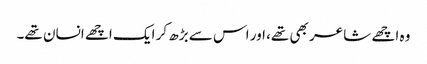
وہ اچھے شاعر بھی تھے، اور اس سے بڑھ کر ایک اچھے انسان تھے۔